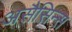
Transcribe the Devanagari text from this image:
असैसिन्स